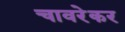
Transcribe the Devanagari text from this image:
चावरेकर